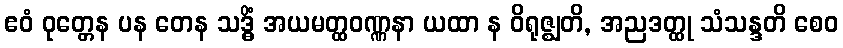
ဧဝံ ဝုတ္တေန ပန တေန သဒ္ဓိံ အယမတ္ထဝဏ္ဏနာ ယထာ န ဝိရုဇ္ဈတိ, အညဒတ္ထု သံသန္ဒတိ စေဝ